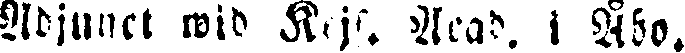
Adjunct wid Kejs. Acad. i Åbo.